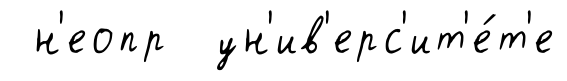
н'еопр ун'ив'ерс'ит'е́т'е